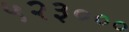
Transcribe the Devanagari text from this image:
५२३०००